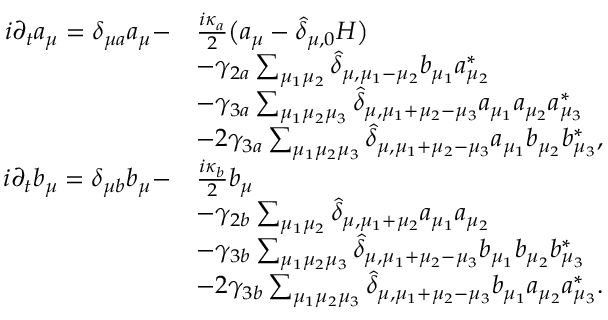
\begin{array} { r l } { i \partial _ { t } a _ { \mu } = \delta _ { \mu a } a _ { \mu } - } & { \frac { i \kappa _ { a } } { 2 } \big ( a _ { \mu } - \widehat \delta _ { \mu , 0 } { \cal H } \big ) } \\ & { - \gamma _ { 2 a } \sum _ { \mu _ { 1 } \mu _ { 2 } } \widehat \delta _ { \mu , \mu _ { 1 } - \mu _ { 2 } } b _ { \mu _ { 1 } } a _ { \mu _ { 2 } } ^ { * } } \\ & { - \gamma _ { 3 a } \sum _ { \mu _ { 1 } \mu _ { 2 } \mu _ { 3 } } \widehat \delta _ { \mu , \mu _ { 1 } + \mu _ { 2 } - \mu _ { 3 } } a _ { \mu _ { 1 } } a _ { \mu _ { 2 } } a _ { \mu _ { 3 } } ^ { * } } \\ & { - 2 \gamma _ { 3 a } \sum _ { \mu _ { 1 } \mu _ { 2 } \mu _ { 3 } } \widehat \delta _ { \mu , \mu _ { 1 } + \mu _ { 2 } - \mu _ { 3 } } a _ { \mu _ { 1 } } b _ { \mu _ { 2 } } b _ { \mu _ { 3 } } ^ { * } , } \\ { i \partial _ { t } b _ { \mu } = \delta _ { \mu b } b _ { \mu } - } & { \frac { i \kappa _ { b } } { 2 } b _ { \mu } } \\ & { - \gamma _ { 2 b } \sum _ { \mu _ { 1 } \mu _ { 2 } } \widehat \delta _ { \mu , \mu _ { 1 } + \mu _ { 2 } } a _ { \mu _ { 1 } } a _ { \mu _ { 2 } } } \\ & { - \gamma _ { 3 b } \sum _ { \mu _ { 1 } \mu _ { 2 } \mu _ { 3 } } \widehat \delta _ { \mu , \mu _ { 1 } + \mu _ { 2 } - \mu _ { 3 } } b _ { \mu _ { 1 } } b _ { \mu _ { 2 } } b _ { \mu _ { 3 } } ^ { * } } \\ & { - 2 \gamma _ { 3 b } \sum _ { \mu _ { 1 } \mu _ { 2 } \mu _ { 3 } } \widehat \delta _ { \mu , \mu _ { 1 } + \mu _ { 2 } - \mu _ { 3 } } b _ { \mu _ { 1 } } a _ { \mu _ { 2 } } a _ { \mu _ { 3 } } ^ { * } . } \end{array}